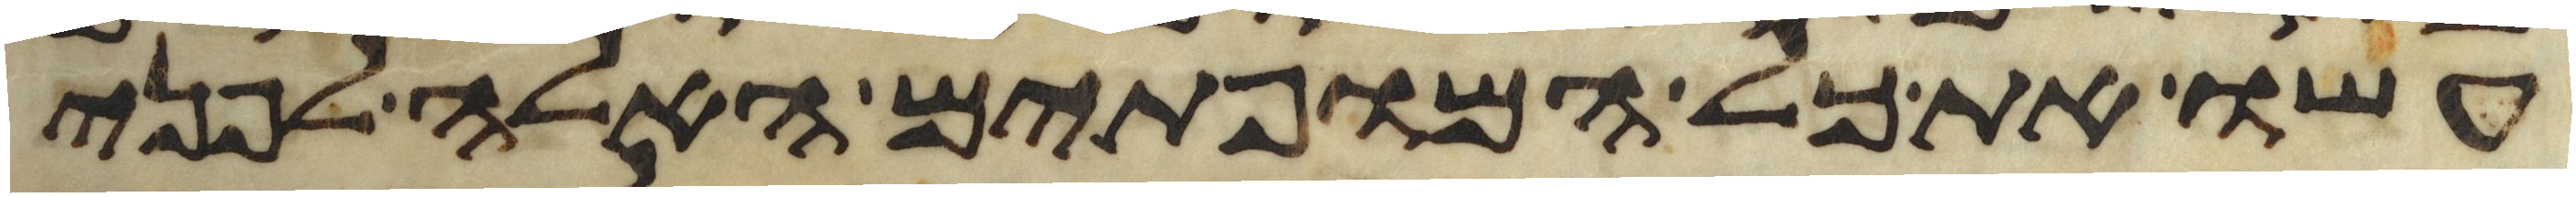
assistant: עשו את כל המופתים האלה לפני